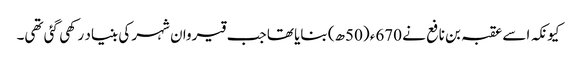
کیونکہ اسے عقبہ بن نافع نے 670ء (50ھ) بنایا تھا جب قیروان شہر کی بنیاد رکھی گئی تھی۔